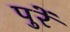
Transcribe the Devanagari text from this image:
पुरें